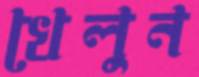
খেলুন